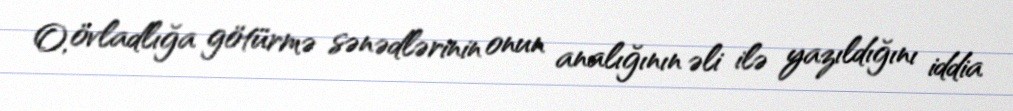
O, övladlığa götürmə sənədlərinin onun analığının əli ilə yazıldığını iddia